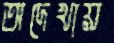
অদেখায়